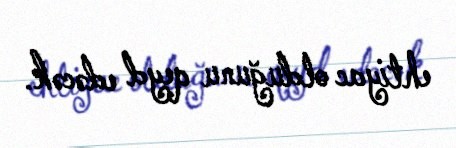
ehtiyac olduğunu qeyd edəcək.